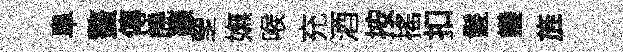
阜螯傳饒籙覂嫵喉充酒按搖扣鬛鑾旌